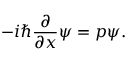
- i \hbar { \frac { \partial } { \partial x } } \psi = p \psi .